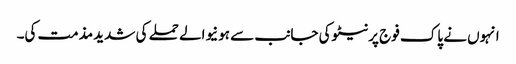
انہوں نے پاک فوج پرنیٹوکی جانب سے ہونیوالے حملے کی شدید مذمت کی۔